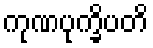
ကုဏပုက္ခိပတိ